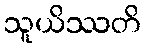
သူယိဿတိ